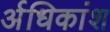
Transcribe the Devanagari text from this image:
र्अधिकांश